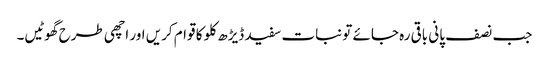
جب نصف پانی باقی رہ جائے تو نبات سفید ڈیڑھ کلو کا قوام کریں اور اچھی طرح گھوٹیں۔